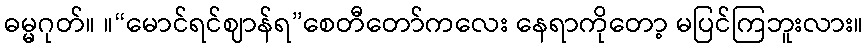
ဓမ္မဂုတ်။ ။“မောင်ရင်ဈာန်ရ”စေတီတော်ကလေး နေရာကိုတော့ မပြင်ကြဘူးလား။